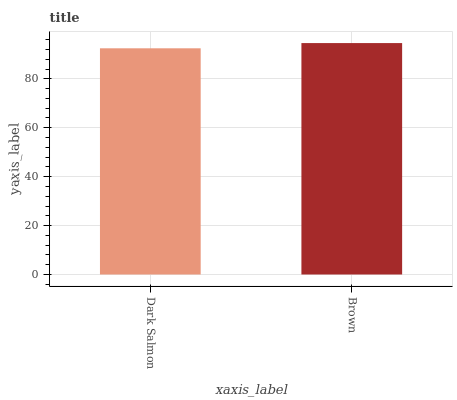
| xaxis_label | bars |
 | --- | --- |
 | Dark Salmon | 92.5 |
 | Brown | 94.6 |